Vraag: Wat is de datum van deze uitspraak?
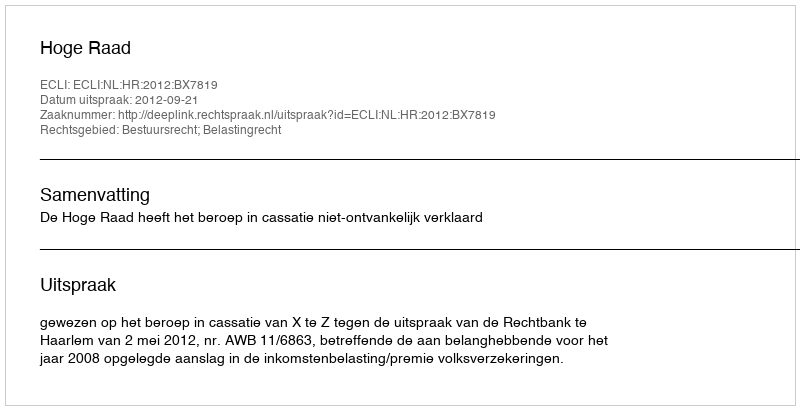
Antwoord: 2012-09-21